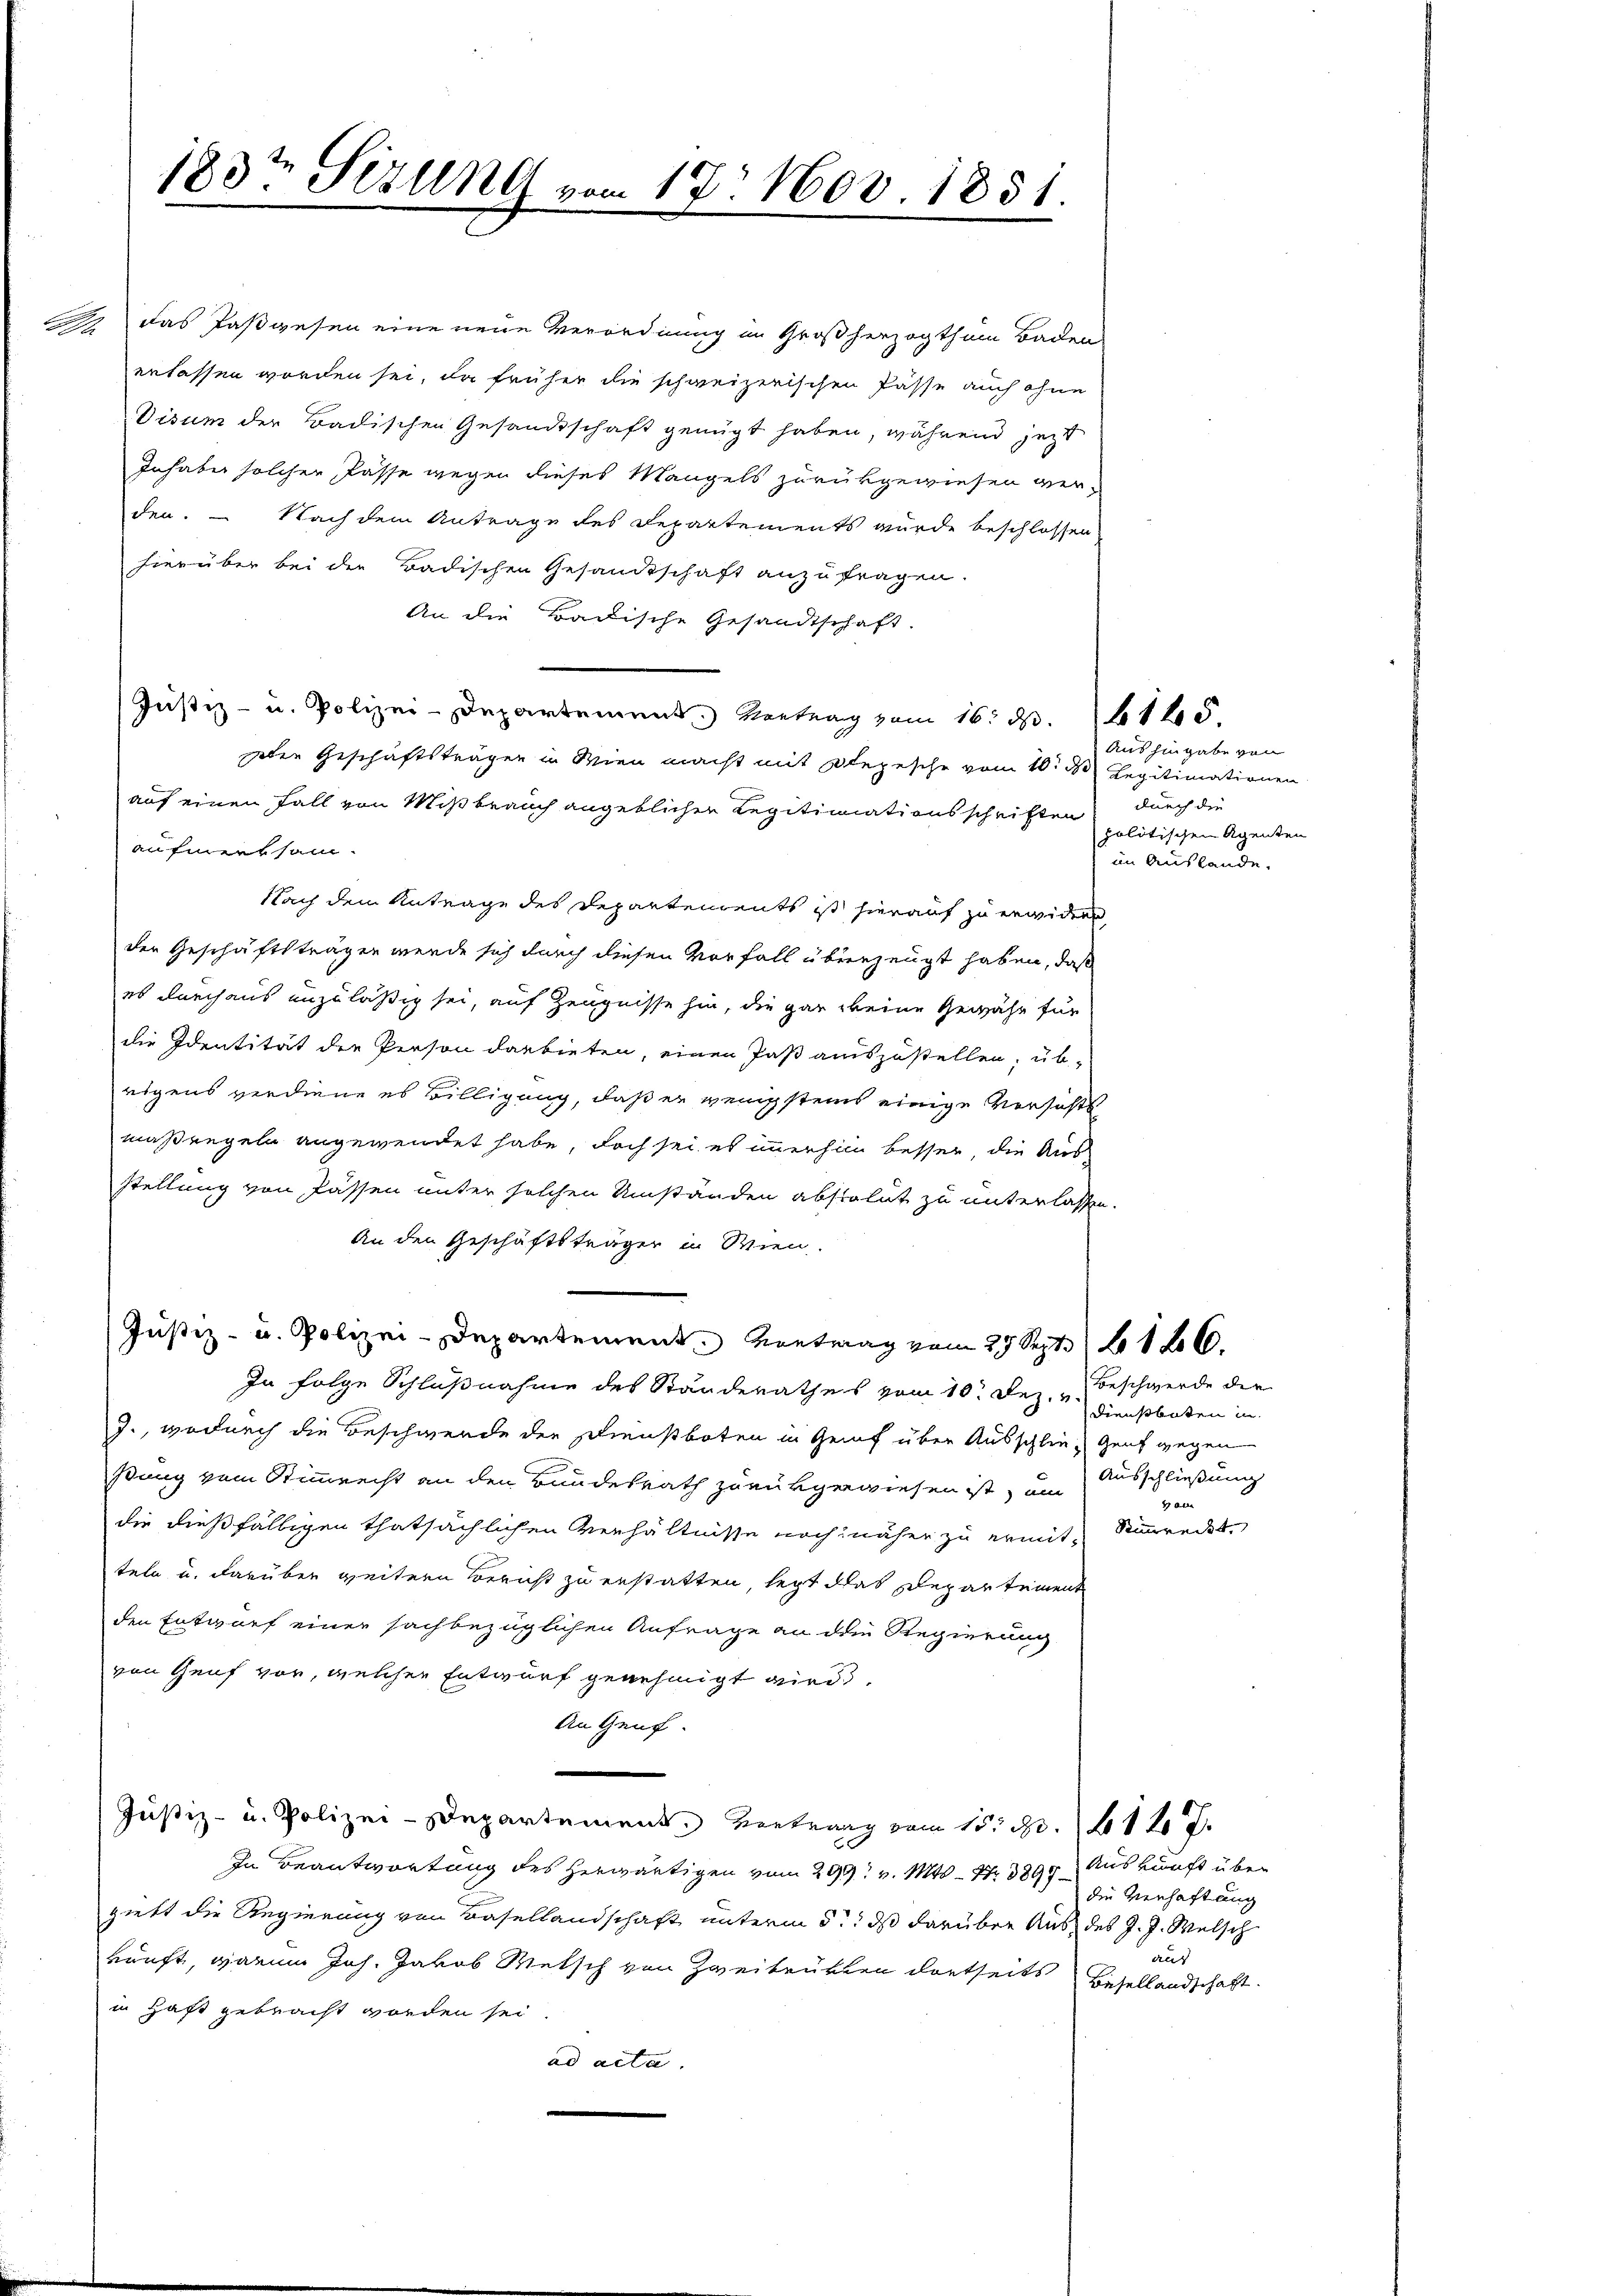
2) Das Paßwesen eine neue Verordnung im Großherzogthum Baden
erlassen worden sei, da früher die schweizerischen Pässe auch ohne
Visum der Badischen Gesandtschaft genügt haben, während jetzt
Inhaber solcher Pässe wegen dieses Mangels zurükgewiesen verden. – Nach dem Antrage des Departements wurde beschlossen
hierüber bei der Badischen Gesandtschaft anzufragen.
An die Backische Gesandtschaft.
Justiz- u. Polizei-Departement. Vertrag vom 16. d. 145
eden Geschäftsträgen in Wien macht mit Depesche vom 10. d. Legitimationen
auf einen Fall von Mißbrauch angeblicher Regitimationsschriften
aufmerksam.
Nach dem Antrage des Departements ist hierauf zu erwidern
der Geschäftsträgen werde sich durch diesen Vorfall überzeugt haben, daß
es durchaus unzuläßig sei, auf Zeugnisse hin, die gar keine Gewähr für
die Identität der Person darbieten, einen Paß auszustellen, übrigens verdiene es Billigung, daß er wenigstens einige Versichts
maßengeln angewendet habe, doch sei es immerhin besser, die Aus
stellung von Passen unter solchen Umständen abstalut zu unterlassen.
An den Geschäftsträger in Wien.
Justiz- u. Polizei-Departement vortrag vom 27 Sept. 186.
In Folge Schlußnahme des Standerathes vom 10. Dez. beschwerde die
J., wodurch die Beschwerde der Dienstboten in Genf über Ausschlie- Genf gegen
ßung vom Stimmrecht an den Bundesrath zurükgewiesen ist, um
die dießfälligen thatsächlichen Verhältnisse noch näher zu ermit Simmreckt,
teln u. darüber weitern Bericht zu erstatten, legt das Departement
den Entwurf einer sachbezüglichen Anfrage an die Regierung
von Genf vor, welcher Entwurf genehmigt wird,
An Genf
Justiz- u. Polizei-Departement. Vertrag vom 15. d. 12 J.
In Beantwortung des herwärtigen vom 29. v. Mts. S. 3892 Auskunft über
giebt die Regierung von Basellandschaft unterm 5t ds darüber Aus des J. J. Welsch
kunft, darum Joh. Jakob Metsch von Zweitrükten dortseits Besellandschaft.
in Haft gebracht worden sei
ad acta.

183t Sizung vom 17. Nov 1851
¬

Aushingabe von
durch die
politischen Agenten
im Auslande.

Dienstboten in
Ausschließung
 Aera

die Verhaftung
aus